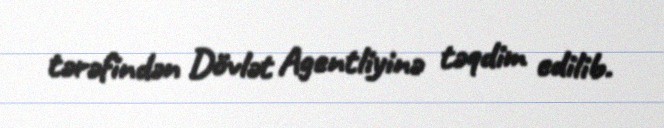
tərəfindən Dövlət Agentliyinə təqdim edilib.